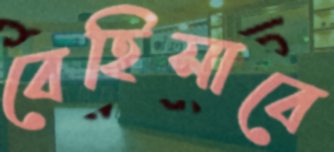
বেহিসাবে